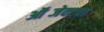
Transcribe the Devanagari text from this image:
ऑब्जेक्टचा